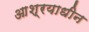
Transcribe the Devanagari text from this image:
आश्रयाधीन